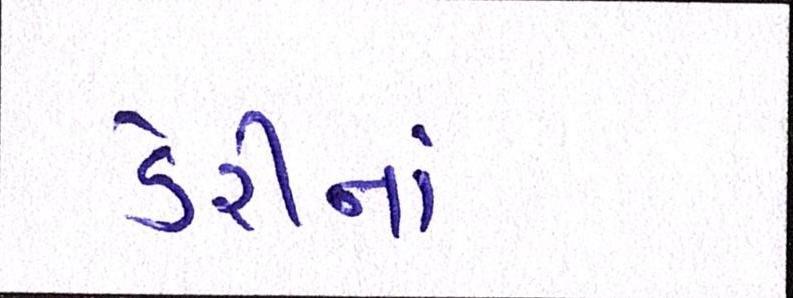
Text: ડેરીનાં